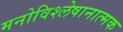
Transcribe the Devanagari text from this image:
मनोविश्लेषानात्मक